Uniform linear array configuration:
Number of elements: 48
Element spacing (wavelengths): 1
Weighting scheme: binomial
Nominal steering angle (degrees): -45
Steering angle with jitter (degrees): -46.311
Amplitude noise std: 0.05
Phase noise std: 0.05

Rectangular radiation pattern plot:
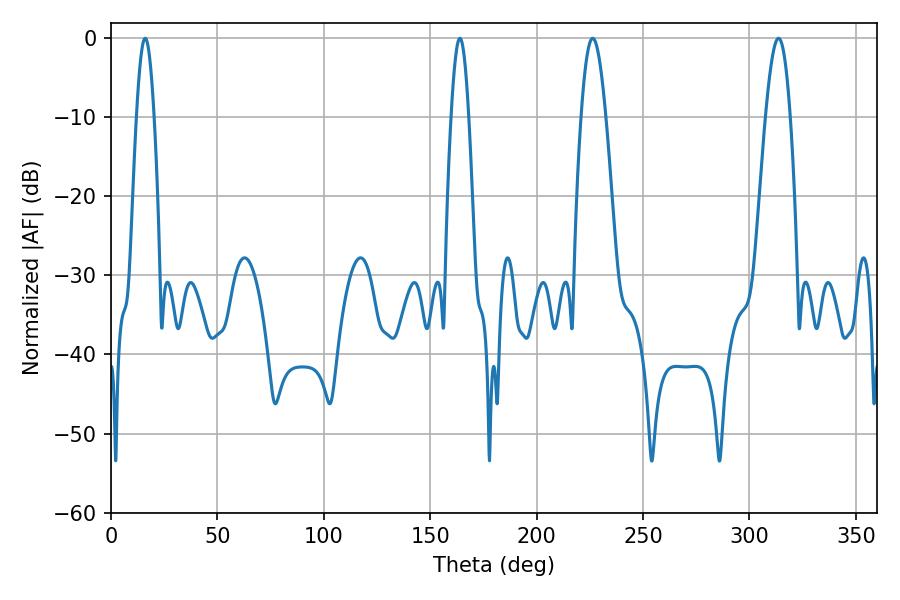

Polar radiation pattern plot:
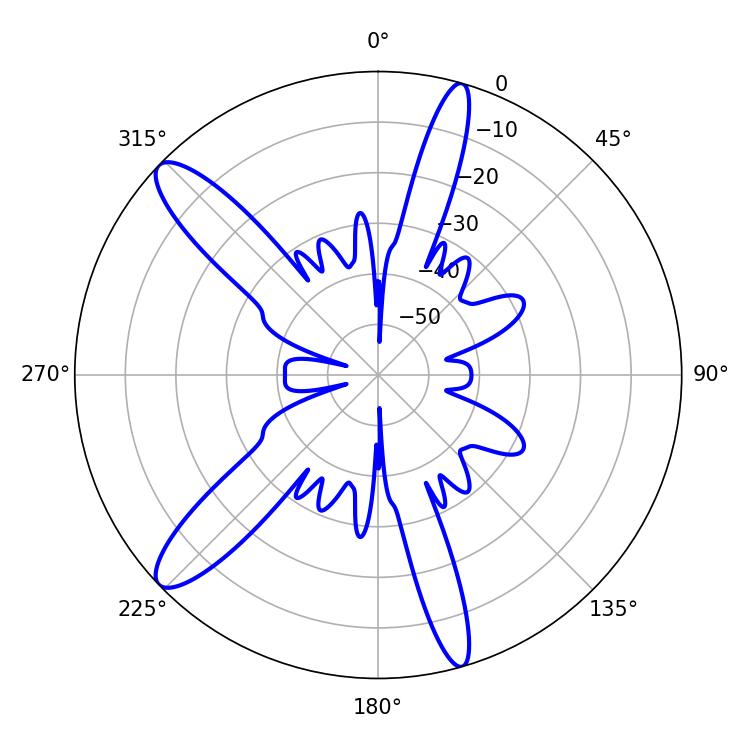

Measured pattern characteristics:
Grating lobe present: TRUE
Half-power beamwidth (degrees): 4.5
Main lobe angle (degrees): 16.02